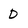
Character: D